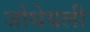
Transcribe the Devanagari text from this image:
जोथेयली